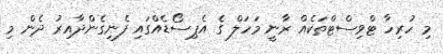
މި ހުރިހާ ޓްވިސްޓްތަކެއް ރާނީ މަހަލް ގެ އެޕިސޯޑެއްގައި ފެނިގެންދާއިރު ދެން މި